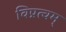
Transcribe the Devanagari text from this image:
विप्रत्वम्